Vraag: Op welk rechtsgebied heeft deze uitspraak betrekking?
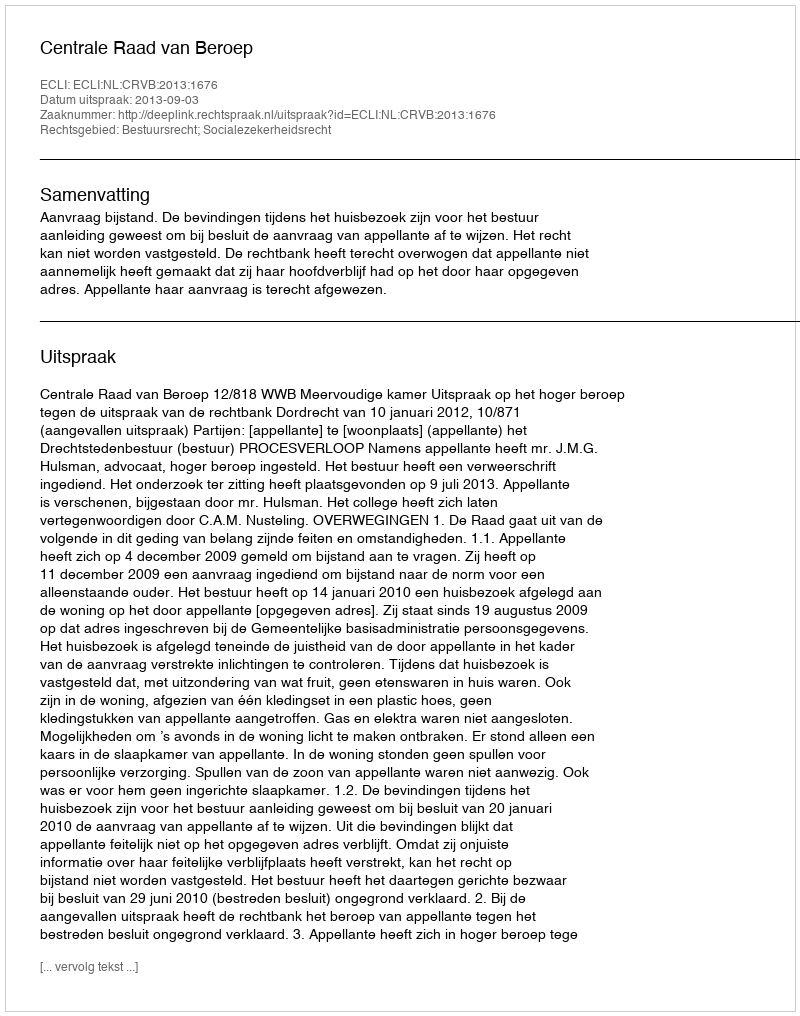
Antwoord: Bestuursrecht; Socialezekerheidsrecht